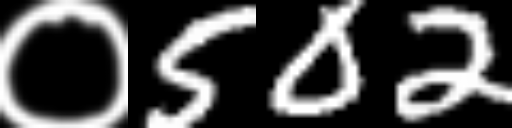
Text: ०502